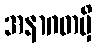
အနာဂတမှိ